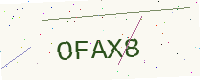
Text: OFAX8